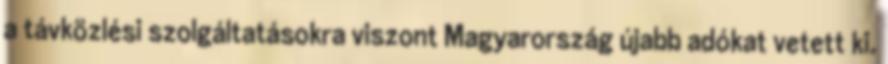
a távközlési szolgáltatásokra viszont Magyarország újabb adókat vetett ki.